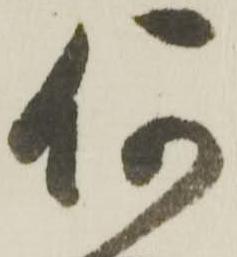
何